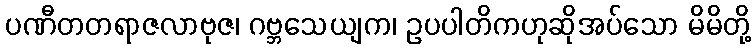
ပဏီတတရာဇလာဗုဇ၊ ဂဗ္ဘသေယျက၊ ဥပပါတိကဟုဆိုအပ်သော မိမိတို့